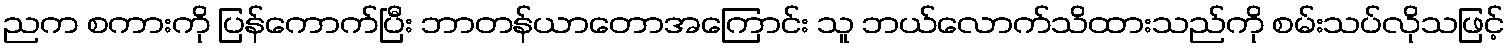
ညက စကားကို ပြန်ကောက်ပြီး ဘာတန်ယာတောအကြောင်း သူ ဘယ်လောက်သိထားသည်ကို စမ်းသပ်လိုသဖြင့်